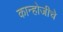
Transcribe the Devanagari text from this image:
कान्होजीचे